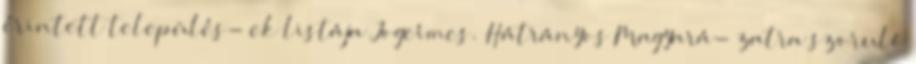
érintett település- ek listája Jogcímcs. Hátrányos Magyará- zatra szoruló